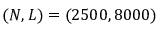
( N , L ) = ( 2 5 0 0 , 8 0 0 0 )